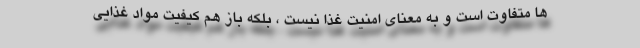
ها متفاوت است و به معنای امنیت غذا نیست ، بلکه باز هم کیفیت مواد غذایی